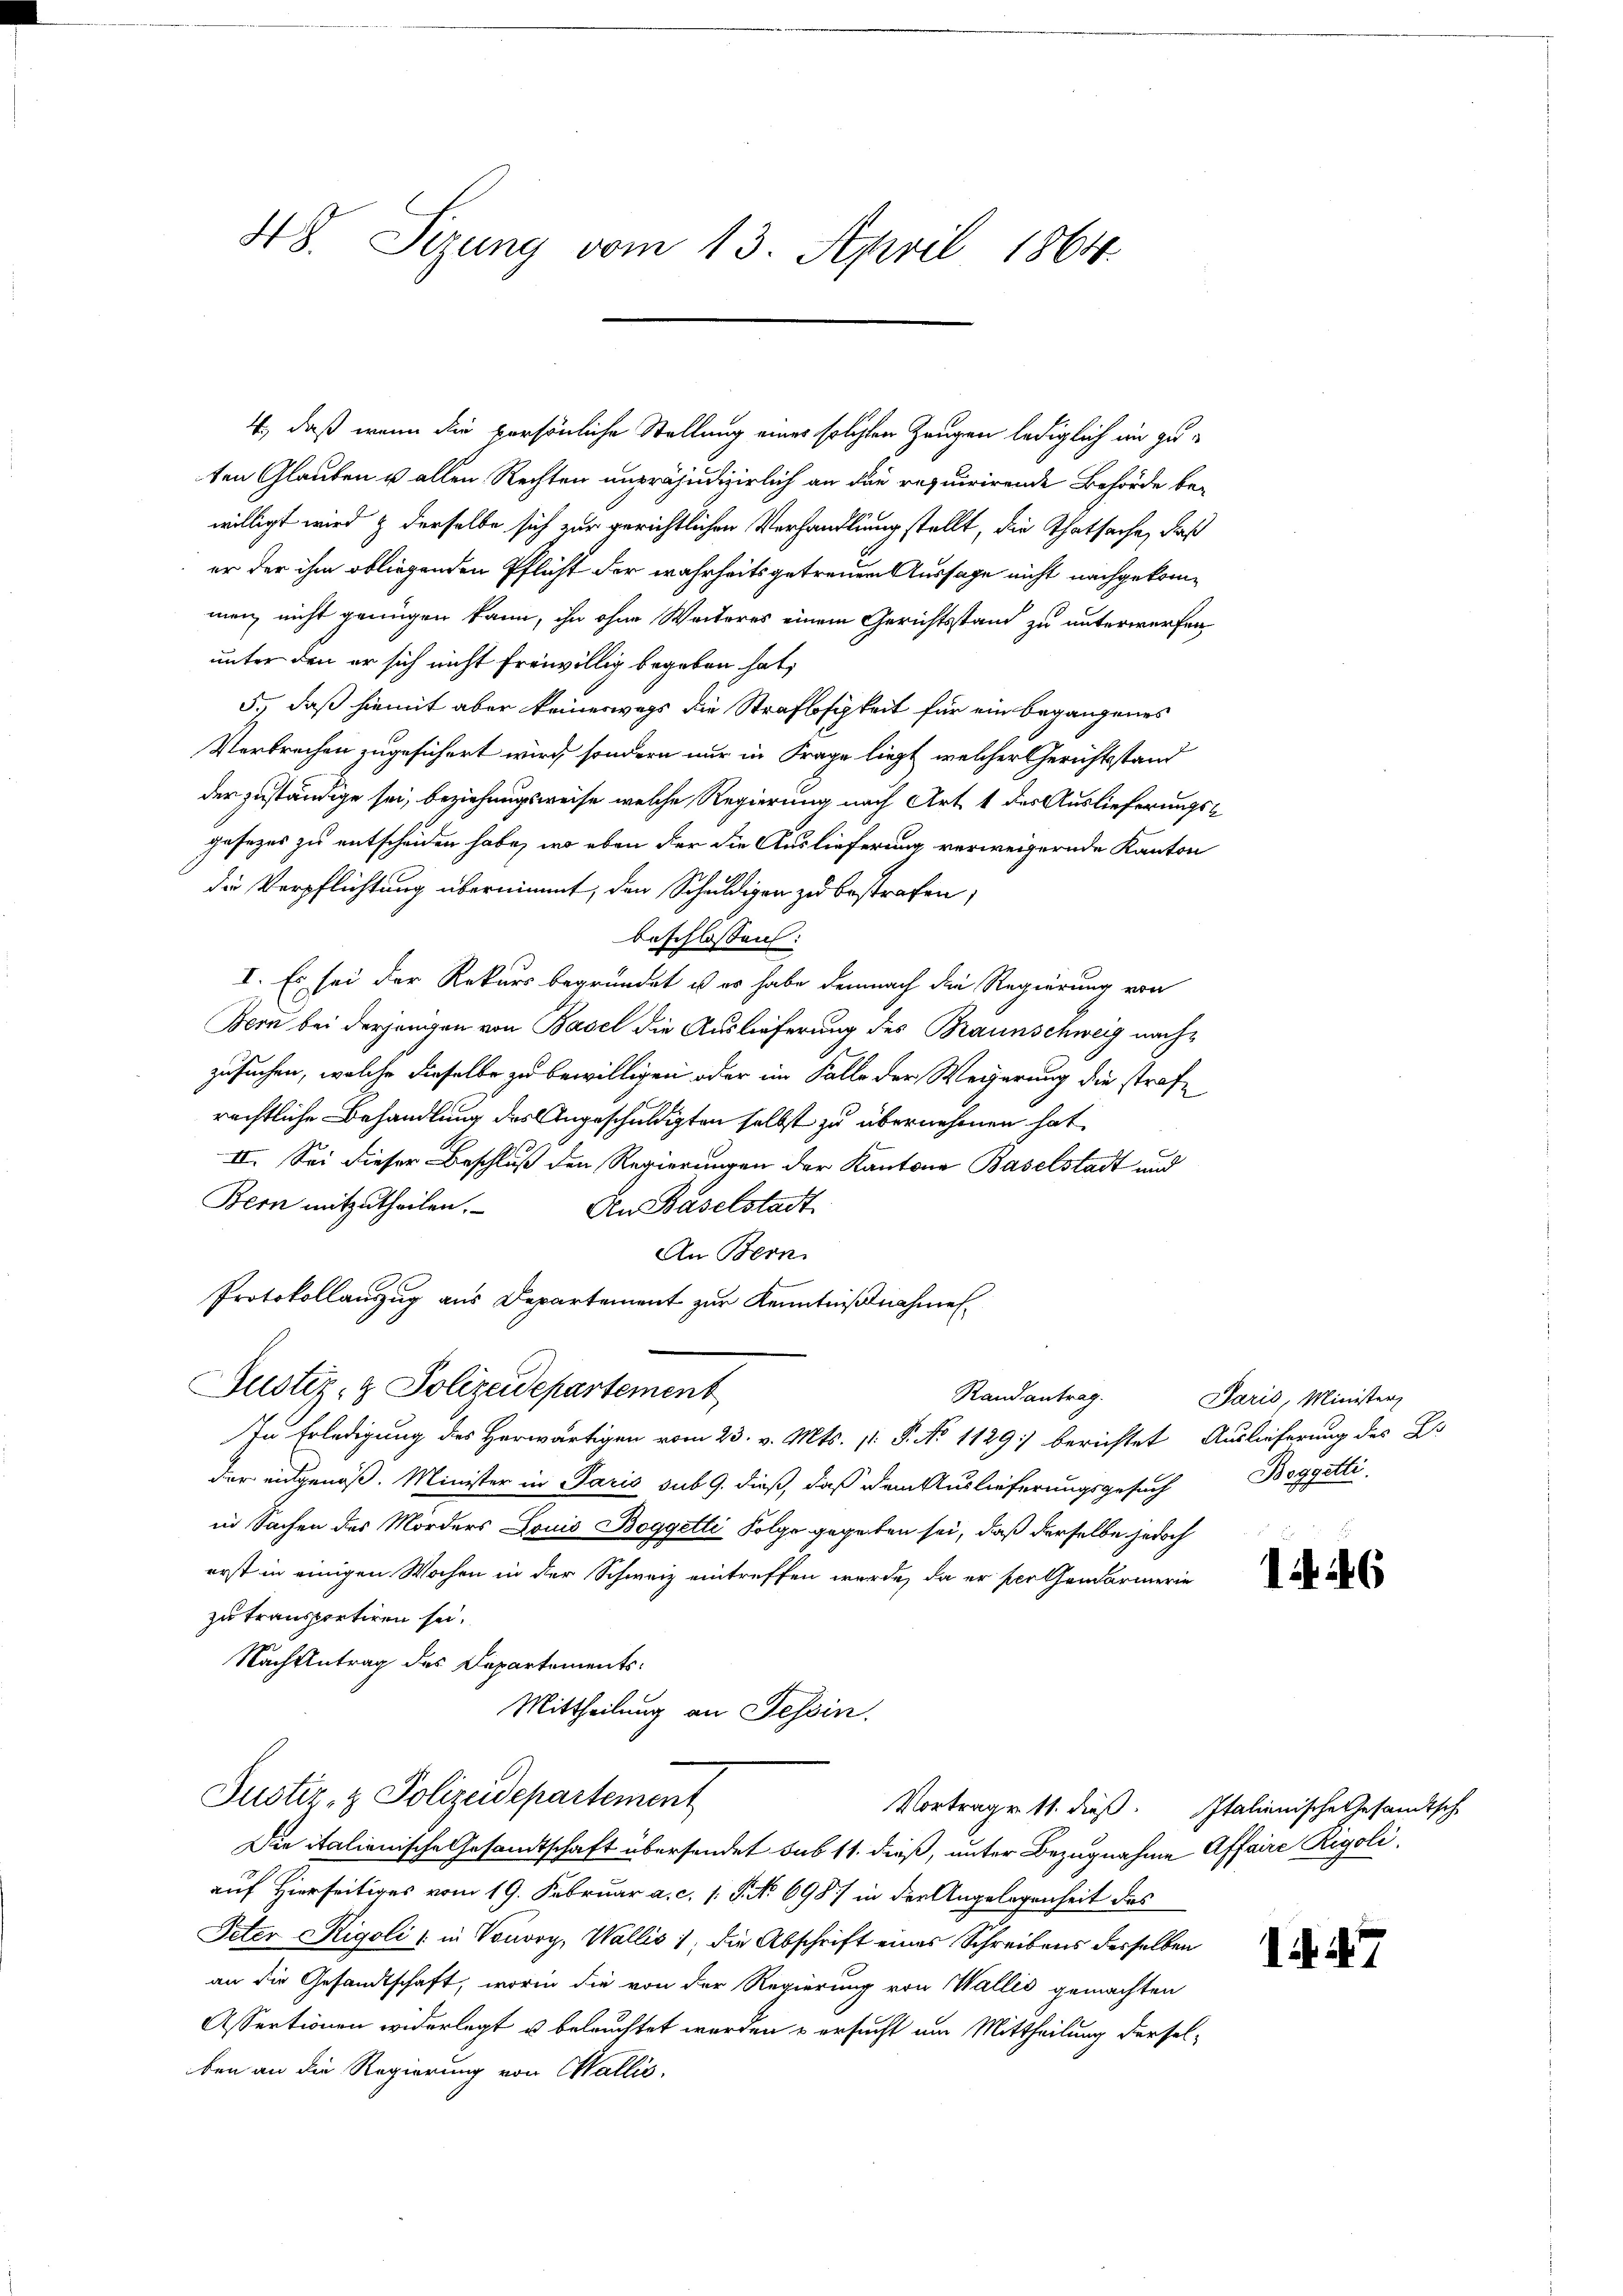
48. Sizung vom 13. April 1864.

4., daß wenn die persönliche Stellung eines solchen Zeugen lediglich im zuten Glauben u allen Rechten unpräjudizierlich an die requirirende Behörde bewilligt wird & derselbe sich zur gerichtlichen Verhandlung stellt, die Thatsache, daß
er der ihm obliegenden Pflicht der wahrheits getreuen Aussage nicht nachgekommen, nicht genügen kann, ihn ohne Weiteres einem Gerichtsstand zu unterwerfen
unter den er sich nicht freiwillig begeben hat,
5., daß hiemit aber keineswegs die Straflosigkeit für ein begangenes
Verbrechen zugesichert wird, sondern nur in Frage liegt, welcher Gerichtsstand
derzuständige sei, beziehungsweise welche Regierung nach Art. 1 des Auslieferungsgesezes zu entscheiden habe, wo eben der die Auslieferung verweigernde Kanton
die Verpflichtung übernimmt, den Schuldigen zu bestrafen,
beschlossen:
I. Es sei der Rekurs begründet ist es habe demnach die Regierung von
Bern bei derjenigen von Basel die Auslieferung des Braunschweig nachzusuchen, welche dieselbe zu bewilligen oder im Falle der Wegerung die strafe
rechtliche Behandlung des Angeschuldigten selbst zu übernehmen hat,
II. Sei dieser Beschluß den Regierungen der Kantone Baselstadt und
Bern mitzutheilen.
Aen Baselstadt
An Bern
Protokollanzug aus Departement zur Kenntnißnahme
Justiz- & Polizeidepartement
Rand antrag.
In Erledigung des Herwärtigen vom 23. v. Mts. pr. P. No 1129) berichtet Auslieferung des B.
der eingenoß. Minister in Paris sub 9. dieß, daß dem Auslieferungsgesuch
in Sachen des Morders Louis Boggetti Folge gegeben sei, daß derselbe jedoch
erst in einigen Wochen in der Schweiz eintreffen werde, da er perthandarmerie
zu transportiren sei.
Nach Antrag des Departements¬
Mittheilung an Tessin.
Justiz- & Polizeidepartement
Vortrage 11. dieß. Italienische Gesandtsch
Die italienische Gesandtschaft übersendet sub 11. dieß, unter Bezugnahme Affaire Rigoli
auf Hierseitiges vom 19. Februar a. c. s. S. No 698/ in der Angelegenheit des
Peter Rigoli (in Vouvry, Wallis 1, die Abschrift eines Schreibens derselben
an die Gesandtschaft, worin die von der Regierung von Wallis gemachten
Assertionen widerlegt u beleuchtet werden u ersucht am Mittheilung derselben an die Regierung von Wallis.

Paris, Minister
Boggetti.

146

7